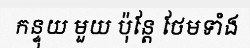
កន្ទុយ មួយ ប៉ុន្តែ ថែមទាំង